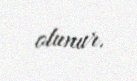
olunur.